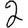
Digit: 2